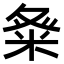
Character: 𮇓